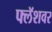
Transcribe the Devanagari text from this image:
फ्लॅशवर